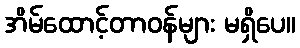
အိမ်ထောင့်တာဝန်များ မရှိပေ။